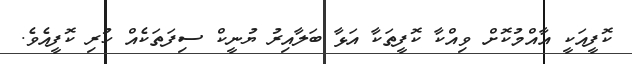
ކޮފީއަކީ އާއްމުކޮށް ވިއްކާ ކޮފީތަކާ އަޅާ ބަލާއިރު ޔުނީކް ސިފަތަކެއް ހުރި ކޮފީއެވެ.